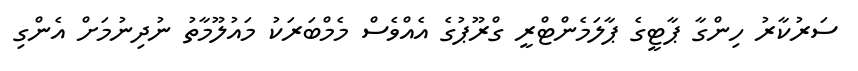
ސަރުކާރު ހިންގާ ޕާޓީގެ ޕާލަމެންޓްރީ ގްރޫޕުގެ އެއްވެސް މެމްބަރަކު މައުލޫމާތު ނުދިނުމަށް އެންގި